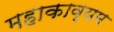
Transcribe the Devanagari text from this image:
महाकाव्यम